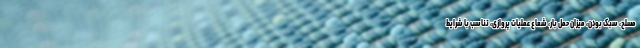
مسلح، سبک بودن، میزان حمل بار، شعاع عملیات پروازی، تناسب با شرایط